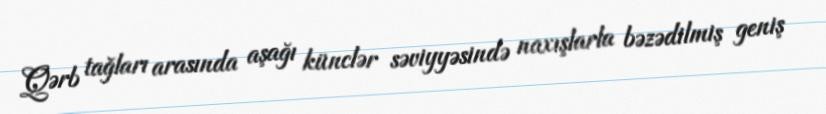
Qərb tağları arasında aşağı künclər səviyyəsində naxışlarla bəzədilmiş geniş